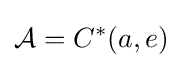
{\mathcal {A}}=C^{*}(a,e)